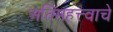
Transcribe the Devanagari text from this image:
अतिमहत्त्वाचे